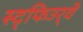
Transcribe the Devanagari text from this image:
स्द्फिउर्‍वे